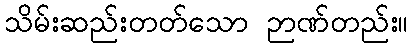
သိမ်းဆည်းတတ်သော ဉာဏ်တည်း။